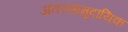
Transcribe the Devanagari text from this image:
अंतरसामुदायिक